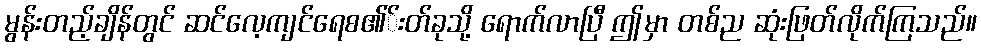
မွန်းတည့်ချိန်တွင် ဆင်လေ့ကျင်ရေစ၏်းတ်ခုသို့ ရောက်လာပြီ ဤမှာ တစ်ည ဆုံးဖြတ်လိုက်ကြသည်။